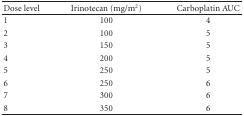
<table><thead><tr><td><b>Dose level </b></td><td><b>Irinotecan (mg/m<sup>2</sup>)</b></td><td><b>Carboplatin AUC</b></td></tr></thead><tbody><tr><td>1</td><td>100</td><td>4</td></tr><tr><td>2</td><td>100</td><td>5</td></tr><tr><td>3</td><td>150</td><td>5</td></tr><tr><td>4</td><td>200</td><td>5</td></tr><tr><td>5</td><td>250</td><td>5</td></tr><tr><td>6</td><td>250</td><td>6</td></tr><tr><td>7</td><td>300</td><td>6</td></tr><tr><td>8</td><td>350</td><td>6</td></tr></tbody></table>